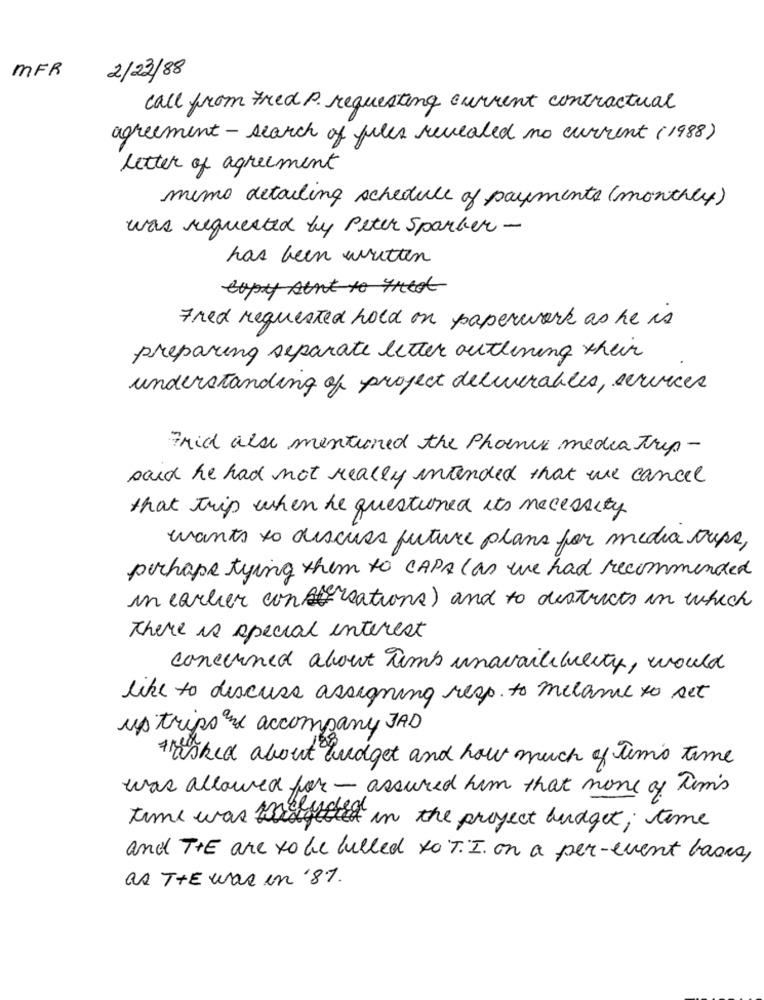
MFR
2/23/88
call from Fred P. requesting current contractual
agreement- search of files revealed no current (1988)
letter of agreement
mimo detailing schedule of payments (monthly)
was requested by Peter Sparker-
has been written
Fred requested hold on paperwork as he is
preparing separate letter outlining their
understanding of project deliverables, services
Frid also mentioned the Phoenix media trip-
said he had not really intended that we cancel
that trip when he questioned its necessity
wants to discuss future plans for media cups,
perhaps tying them to CAPA ( as we had recommended
in earlier constrations) and to districts in which
There is special interest
concerned about Timb unavail bility, would
like to discuss assigning resp. to melame to set
up trips and accompany JAD
asked about budget and how much of time time
was allowed for - assured him that none of Tim's
time was Wrongefter in the project budget ; time
and THE are to be billed to T.I. on a per-event bases,
as THE war in '8%.